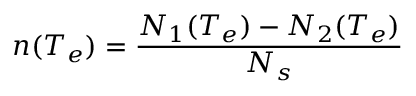
n ( T _ { e } ) = \frac { N _ { 1 } ( T _ { e } ) - N _ { 2 } ( T _ { e } ) } { N _ { s } }